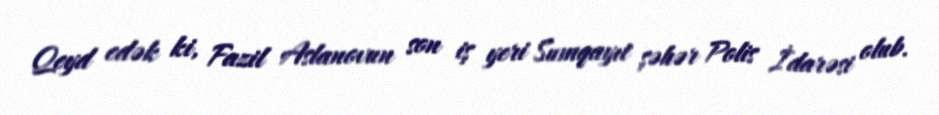
Qeyd edək ki, Fazil Aslanovun son iş yeri Sumqayıt şəhər Polis İdarəsi olub.